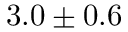
3 . 0 \pm 0 . 6